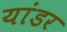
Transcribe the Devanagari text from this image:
यांडर